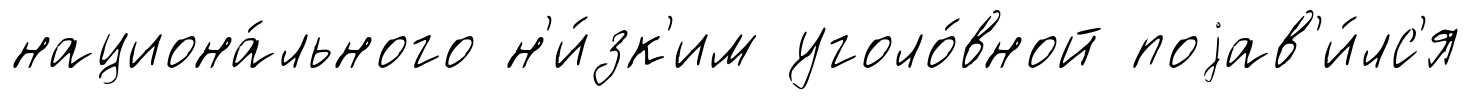
национа́льного н'и́зк'им уголо́вной поjав'и́лс'я